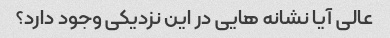
عالی آیا نشانه هایی در این نزدیکی وجود دارد؟